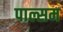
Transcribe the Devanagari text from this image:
पाल्सम